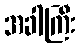
အခါကြီး